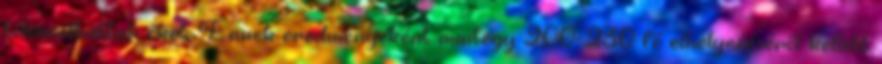
toloncolhattuk őket. Ennek eredményeként mintegy 200-230 fő elhelyezéséről kellett